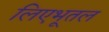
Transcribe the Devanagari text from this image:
लिएभूतल